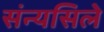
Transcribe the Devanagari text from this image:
संन्यसिले